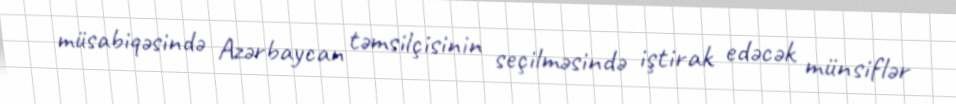
müsabiqəsində Azərbaycan təmsilçisinin seçilməsində iştirak edəcək münsiflər